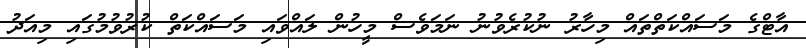
އާޓްގެ މަސައްކަތްތައް މިހާރު ނުކުރެވުނު ނަމަވެސް މީހުން ލައްވައި މަސައްކަތް ކުރުވުމުގައި މިއަދު